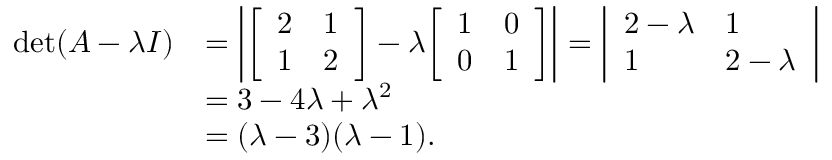
{ \begin{array} { r l } { \operatorname* { d e t } ( A - \lambda I ) } & { = \left| { \left[ \begin{array} { l l } { 2 } & { 1 } \\ { 1 } & { 2 } \end{array} \right] } - \lambda { \left[ \begin{array} { l l } { 1 } & { 0 } \\ { 0 } & { 1 } \end{array} \right] } \right| = { \left| \begin{array} { l l } { 2 - \lambda } & { 1 } \\ { 1 } & { 2 - \lambda } \end{array} \right| } } \\ & { = 3 - 4 \lambda + \lambda ^ { 2 } } \\ & { = ( \lambda - 3 ) ( \lambda - 1 ) . } \end{array} }